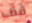
قف